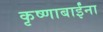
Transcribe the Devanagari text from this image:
कृष्णाबाईंना